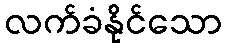
လက်ခံနိုင်သော